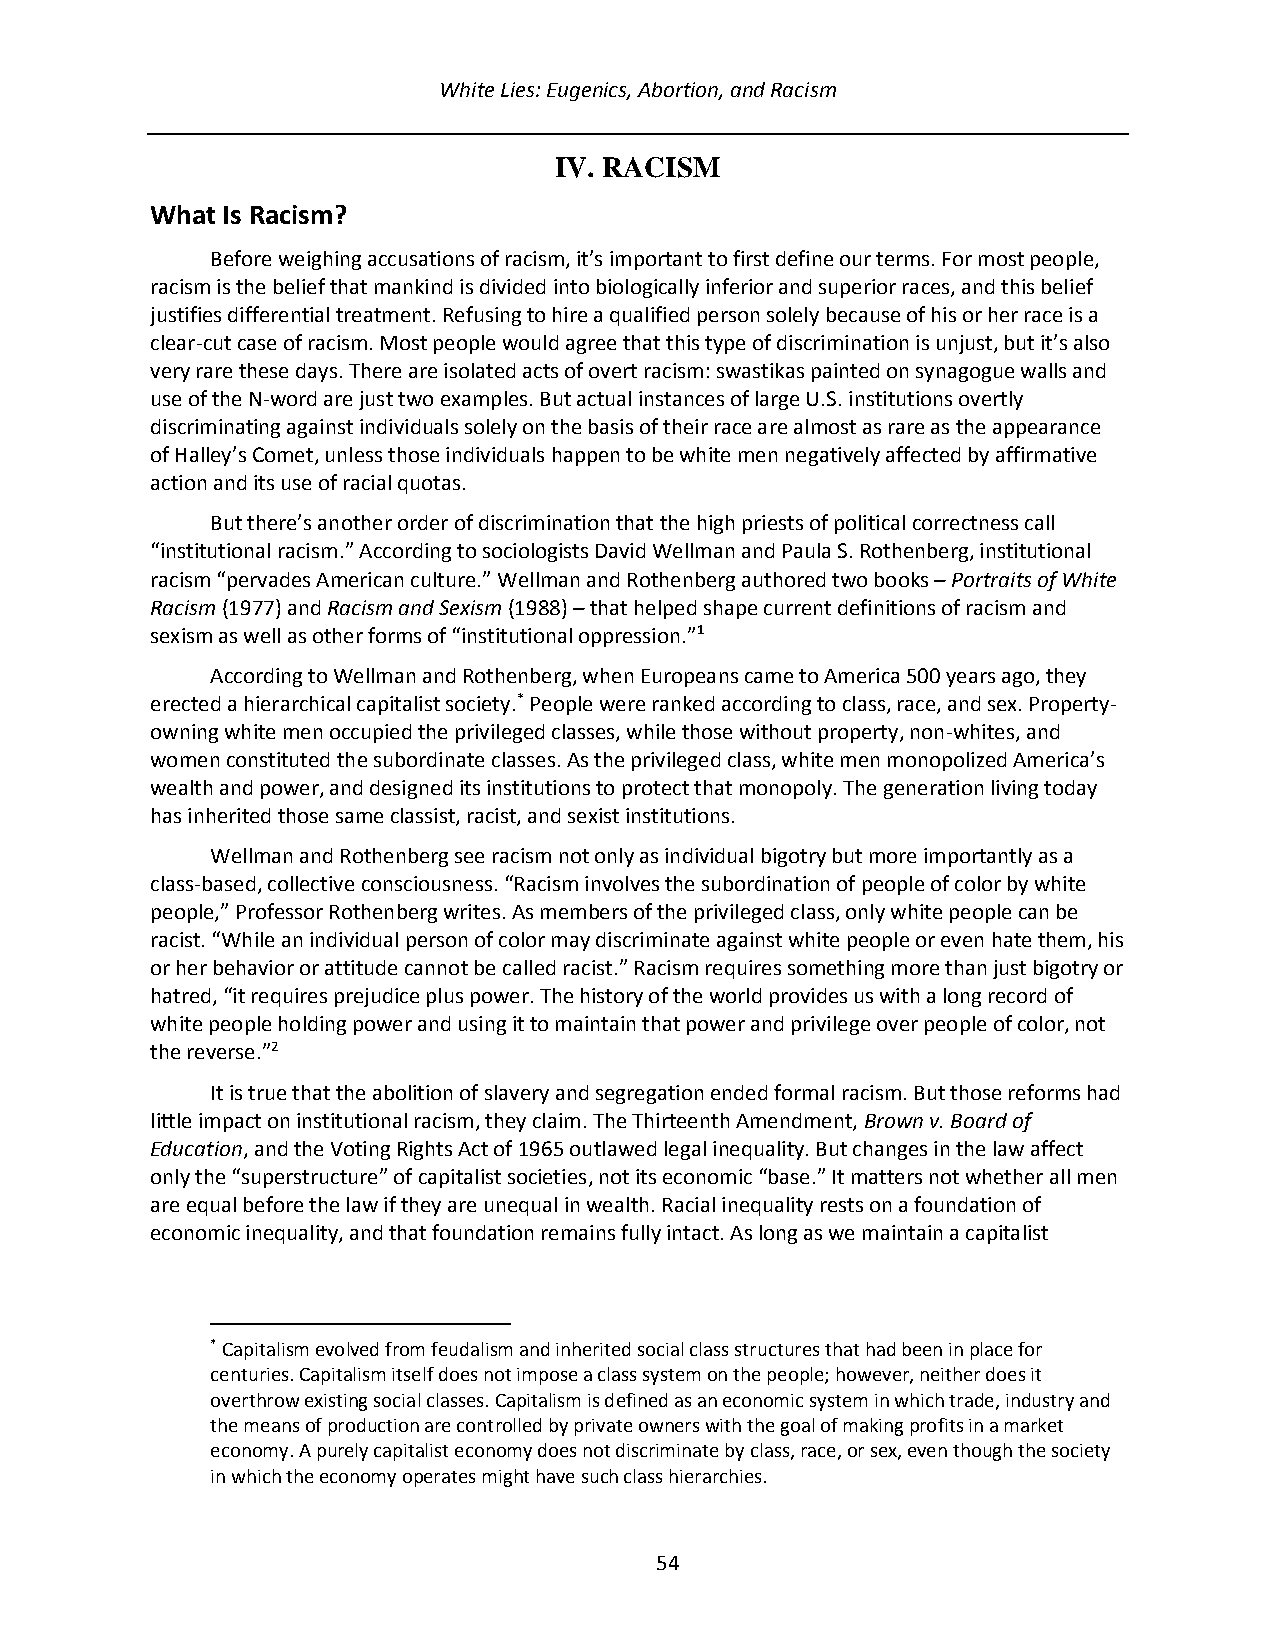
White Lies: Eugenics, Abortion, and Racism
 IV. RACISM
 What Is Racism?
 Before weighing accusations of racism, it’s important to first define our terms. For most people,
 racism is the belief that mankind is divided into biologically inferior and superior races, and this belief
 justifies differential treatment. Refusing to hire a qualified person solely because of his or her race is a
 clear-cut case of racism. Most people would agree that this type of discrimination is unjust, but it’s also
 very rare these days. There are isolated acts of overt racism: swastikas painted on synagogue walls and
 use of the N-word are just two examples. But actual instances of large U.S. institutions overtly
 discriminating against individuals solely on the basis of their race are almost as rare as the appearance
 of Halley’s Comet, unless those individuals happen to be white men negatively affected by affirmative
 action and its use of racial quotas.
 But there’s another order of discrimination that the high priests of political correctness call
 “institutional racism.” According to sociologists David Wellman and Paula S. Rothenberg, institutional
 racism “pervades American culture.” Wellman and Rothenberg authored two books – Portraits of White
 Racism (1977) and Racism and Sexism (1988) – that helped shape current definitions of racism and
 sexism as well as other forms of “institutional oppression.”1
 According to Wellman and Rothenberg, when Europeans came to America 500 years ago, they
 erected a hierarchical capitalist society.* People were ranked according to class, race, and sex. Property-
 owning white men occupied the privileged classes, while those without property, non-whites, and
 women constituted the subordinate classes. As the privileged class, white men monopolized America’s
 wealth and power, and designed its institutions to protect that monopoly. The generation living today
 has inherited those same classist, racist, and sexist institutions.
 Wellman and Rothenberg see racism not only as individual bigotry but more importantly as a
 class-based, collective consciousness. “Racism involves the subordination of people of color by white
 people,” Professor Rothenberg writes. As members of the privileged class, only white people can be
 racist. “While an individual person of color may discriminate against white people or even hate them, his
 or her behavior or attitude cannot be called racist.” Racism requires something more than just bigotry or
 hatred, “it requires prejudice plus power. The history of the world provides us with a long record of
 white people holding power and using it to maintain that power and privilege over people of color, not
 the reverse.”2
 It is true that the abolition of slavery and segregation ended formal racism. But those reforms had
 little impact on institutional racism, they claim. The Thirteenth Amendment, Brown v. Board of
 Education, and the Voting Rights Act of 1965 outlawed legal inequality. But changes in the law affect
 only the “superstructure” of capitalist societies, not its economic “base.” It matters not whether all men
 are equal before the law if they are unequal in wealth. Racial inequality rests on a foundation of
 economic inequality, and that foundation remains fully intact. As long as we maintain a capitalist
 * Capitalism evolved from feudalism and inherited social class structures that had been in place for
 centuries. Capitalism itself does not impose a class system on the people; however, neither does it
 overthrow existing social classes. Capitalism is defined as an economic system in which trade, industry and
 the means of production are controlled by private owners with the goal of making profits in a market
 economy. A purely capitalist economy does not discriminate by class, race, or sex, even though the society
 in which the economy operates might have such class hierarchies.
 54